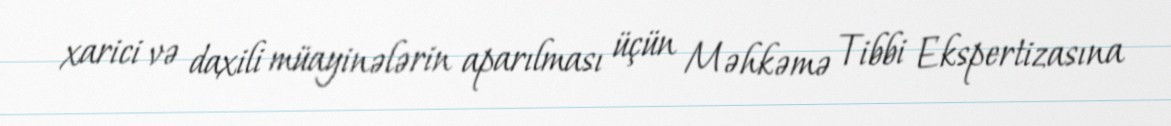
xarici və daxili müayinələrin aparılması üçün Məhkəmə Tibbi Ekspertizasına